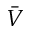
\bar { V }